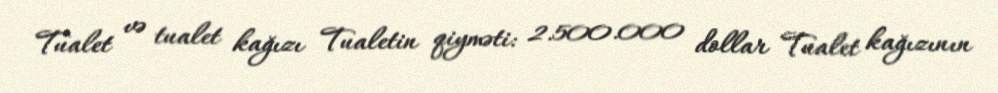
Tualet və tualet kağızı Tualetin qiyməti: 2.500.000 dollar Tualet kağızının